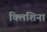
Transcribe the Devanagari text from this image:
क्लिशिना